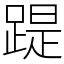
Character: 踶